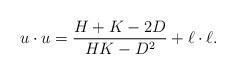
LaTeX: \begin{align*}u\cdot u=\frac{H+K-2D}{HK-D^2}+\ell\cdot\ell.\end{align*}